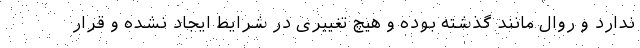
ندارد و روال مانند گذشته بوده و هیچ تغییری در شرایط ایجاد نشده و قرار